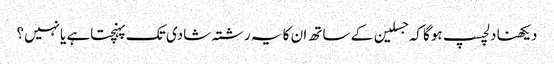
دیکھنا دلچسپ ہوگا کہ جسلین کے ساتھ ان کا یہ رشتہ شادی تک پہنچتاہے یانہیں؟